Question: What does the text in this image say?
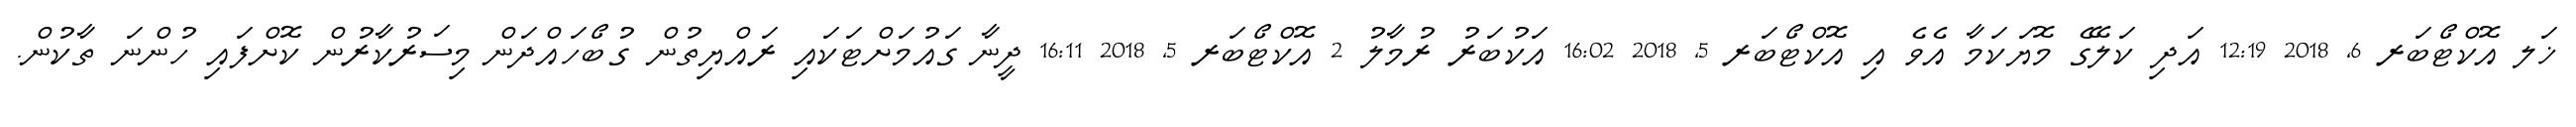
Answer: ޚަލ އޮކްޓޯބަރ 6, 2018 12:19 އަދި ކަލޭގެ މޮޔަކަމާ އެވެ އި އޮކްޓޯބަރ 5, 2018 16:02 އަކުބަރު ރުމާލު 2 އޮކްޓޯބަރ 5, 2018 16:11 ދީނާ ގައުމަށްޓަކައި ރައްޔިތުން ގުބޯހައްދަން މިސަރުކާރުން ކޮށްފައި ހުންނަ ތާކުން.